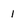
Character: 1